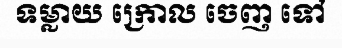
ទម្លាយ ក្រោល ចេញ ទៅ